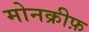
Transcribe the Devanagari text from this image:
मोनक्रीफ़